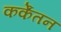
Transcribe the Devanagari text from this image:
कर्केंतन